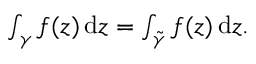
\begin{array} { r } { \int _ { \gamma } f ( z ) \, \mathrm { d } z = \int _ { \tilde { \gamma } } f ( z ) \, \mathrm { d } z . } \end{array}